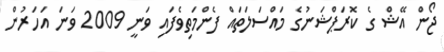
ޖޯން އޭޝް ގެ ކޮރަޕްޝަނުގެ މައްސަލަތައް ފެންމަތިވެފައި ވަނީ 2009 ވަނަ އަހަރުން